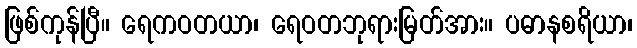
ဖြစ်ကုန်ပြီ။ ရေကဝတယာ၊ ရေဝတဘုရားမြတ်အား။ ပဓာနစရိယာ၊